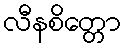
လီနစိတ္တော